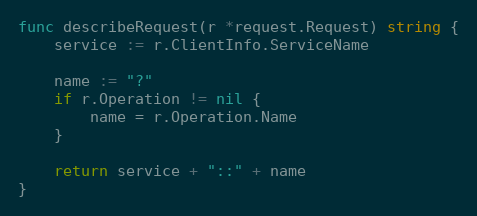
Language: Go
func describeRequest(r *request.Request) string {
	service := r.ClientInfo.ServiceName

	name := "?"
	if r.Operation != nil {
		name = r.Operation.Name
	}

	return service + "::" + name
}